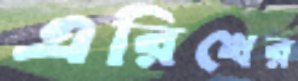
এরিখের